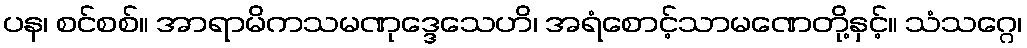
ပန၊ စင်စစ်။ အာရာမိကသမဏုဒ္ဒေသေဟိ၊ အရံစောင့်သာမဏေတို့နှင့်။ သံသဂ္ဂေ၊